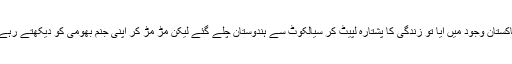
پاکستان وجود میں آیا تو زندگی کا پشتارہ لپیٹ کر سیالکوٹ سے ہندوستان چلے گئے لیکن مڑ مڑ کر اپنی جنم بھومی کو دیکھتے رہے۔